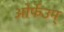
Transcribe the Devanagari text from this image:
ओर्फेउम्